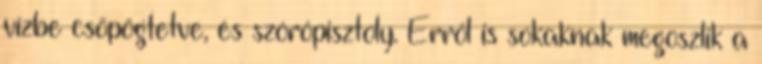
vízbe csöpögtetve, és szórópisztoly. Erről is sokaknak megoszlik a